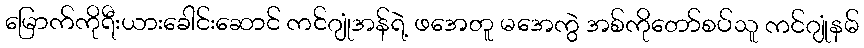
မြောက်ကိုရီးယားခေါင်းဆောင် ကင်ဂျုံအန်ရဲ့ ဖအေတူ မအေကွဲ အစ်ကိုတော်စပ်သူ ကင်ဂျုံနမ်